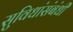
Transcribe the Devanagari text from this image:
सुविधांसंबंधी